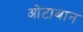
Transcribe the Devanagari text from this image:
ओटाबान